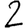
Digit: 2